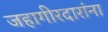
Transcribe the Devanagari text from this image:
जहागीरदारांना